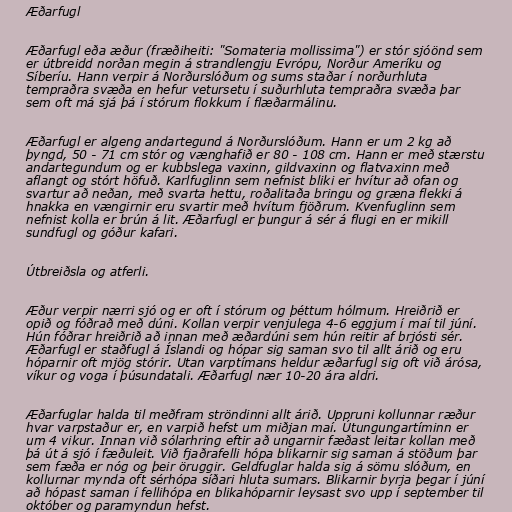
Æðarfugl

Æðarfugl eða æður (fræðiheiti: "Somateria mollissima") er stór sjóönd sem
er útbreidd norðan megin á strandlengju Evrópu, Norður Ameríku og
Síberíu. Hann verpir á Norðurslóðum og sums staðar í norðurhluta
tempraðra svæða en hefur vetursetu í suðurhluta tempraðra svæða þar
sem oft má sjá þá í stórum flokkum í flæðarmálinu.

Æðarfugl er algeng andartegund á Norðurslóðum. Hann er um 2 kg að
þyngd, 50 - 71 cm stór og vænghafið er 80 - 108 cm. Hann er með stærstu
andartegundum og er kubbslega vaxinn, gildvaxinn og flatvaxinn með
aflangt og stórt höfuð. Karlfuglinn sem nefnist bliki er hvítur að ofan og
svartur að neðan, með svarta hettu, roðalitaða bringu og græna flekki á
hnakka en vængirnir eru svartir með hvítum fjöðrum. Kvenfuglinn sem
nefnist kolla er brún á lit. Æðarfugl er þungur á sér á flugi en er mikill
sundfugl og góður kafari.

Útbreiðsla og atferli.

Æður verpir nærri sjó og er oft í stórum og þéttum hólmum. Hreiðrið er
opið og fóðrað með dúni. Kollan verpir venjulega 4-6 eggjum í maí til júní.
Hún fóðrar hreiðrið að innan með æðardúni sem hún reitir af brjósti sér.
Æðarfugl er staðfugl á Íslandi og hópar sig saman svo til allt árið og eru
hóparnir oft mjög stórir. Utan varptímans heldur æðarfugl sig oft við árósa,
víkur og voga í þúsundatali. Æðarfugl nær 10-20 ára aldri.

Æðarfuglar halda til meðfram ströndinni allt árið. Uppruni kollunnar ræður
hvar varpstaður er, en varpið hefst um miðjan maí. Útungungartíminn er
um 4 vikur. Innan við sólarhring eftir að ungarnir fæðast leitar kollan með
þá út á sjó í fæðuleit. Við fjaðrafelli hópa blikarnir sig saman á stöðum þar
sem fæða er nóg og þeir öruggir. Geldfuglar halda sig á sömu slóðum, en
kollurnar mynda oft sérhópa síðari hluta sumars. Blikarnir byrja þegar í júní
að hópast saman í fellihópa en blikahóparnir leysast svo upp í september til
október og paramyndun hefst.